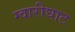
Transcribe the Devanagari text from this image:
ग्वारीघाट